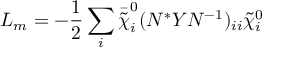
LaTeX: { \cal L } _ { m } = - \frac { 1 } { 2 } \sum _ { i } \bar { \tilde { \chi } } _ { i } ^ { 0 } ( N ^ { * } Y N ^ { - 1 } ) _ { i i } \tilde { \chi } _ { i } ^ { 0 }